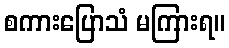
စကားပြောသံ မကြားရ။